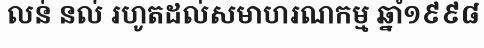
លន់ នល់ រហូតដល់សមាហរណកម្ម ឆ្នាំ១៩៩៨